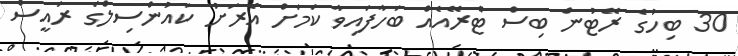
30 ބިހުގެ ރޭޓުން ބިސް ޓްރޭއެއް ބަހާފައިވާ ކަމަށް އެރަށު ކައުންސިލްގެ ރައީސް